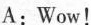
A:Wow!